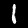
Digit: 1